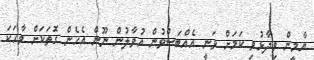
ޔާމީން ވިދާޅުވި ކަމަށް ވަނީ އެއްބަސްވުން އުވާލުން ނޫން އެހެން ގޮތަކަށް ވާހަކަ